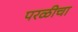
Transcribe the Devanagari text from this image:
परळीचा